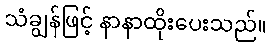
သံချွန်ဖြင့် နာနာထိုးပေးသည်။